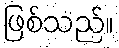
ဖြစ်သည်။